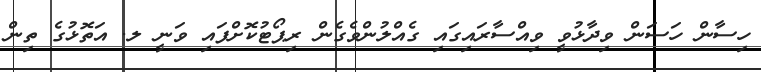
ހިސާން ހަސަން ވިދާޅުވީ ވިއްސާރައިގައި ގެއްލުންވެގެން ރިޕޯޓުކޮށްފައި ވަނީ ލ. އަތޮޅުގެ ތިން